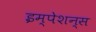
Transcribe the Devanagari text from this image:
इम्पेशन्स